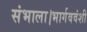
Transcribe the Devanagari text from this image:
संभाला।भार्गववंशी